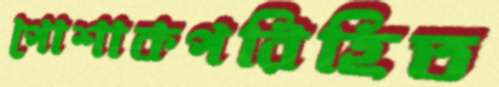
পোশাকপরিহিত